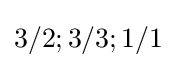
3/2;3/3;1/1